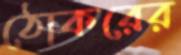
ঠোকরের